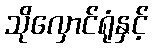
သိုလှောင်ရုံနှင့်